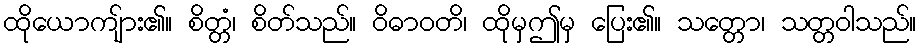
ထိုယောကျ်ား၏။ စိတ္တံ၊ စိတ်သည်။ ဝိဓာဝတိ၊ ထိုမှဤမှ ပြေး၏။ သတ္တော၊ သတ္တဝါသည်။